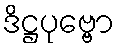
ဒိဋ္ဌပုဗ္ဗော